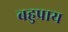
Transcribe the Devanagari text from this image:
बहुप्राय